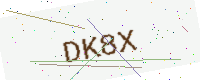
Text: DK8X